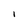
Character: I